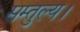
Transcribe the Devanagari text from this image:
सम्तुल्य।